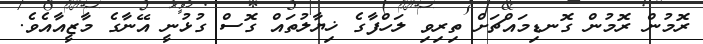
ރޮމުން ރޮމުން ގޮނޑިމައްޗަށް ތިރިވި ލަހްފާގެ ޚިޔާލުތައް ގޮސް ގުޅުނީ އޭނާގެ މާޒީއާއެވެ.